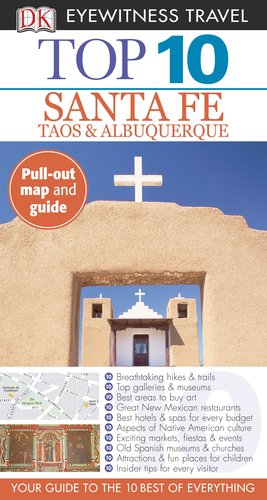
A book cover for Top 10 Santa Fe (Eyewitness Top 10 Travel Guide); Paul Franklin; Travel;